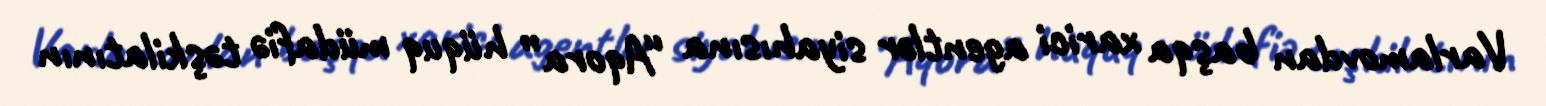
Varlamovdan başqa xarici agentlər siyahısına “Aqora” hüquq müdafiə təşkilatının